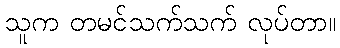
သူက တမင်သက်သက် လုပ်တာ။